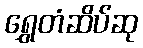
ရွှေတံဆိပ်ဆု